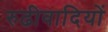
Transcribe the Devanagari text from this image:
रुढीवादियों